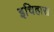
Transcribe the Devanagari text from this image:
इचिहारा